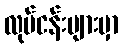
လုပ်ငန်းများမှာ